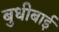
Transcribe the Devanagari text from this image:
बुधीबाई